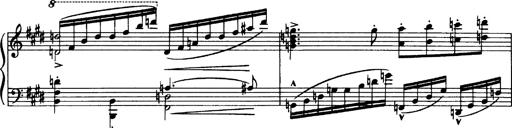
Title: OuvertÃ¼re zu TannhÃ¤user
Composer: Franz Liszt